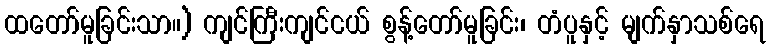
ထတော်မူခြင်းသာ။) ကျင်ကြီးကျင်ငယ် စွန့်တော်မူခြင်း၊ တံပူနှင့် မျက်နှာသစ်ရေ